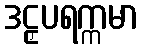
ဒဠှပရက္ကမာ